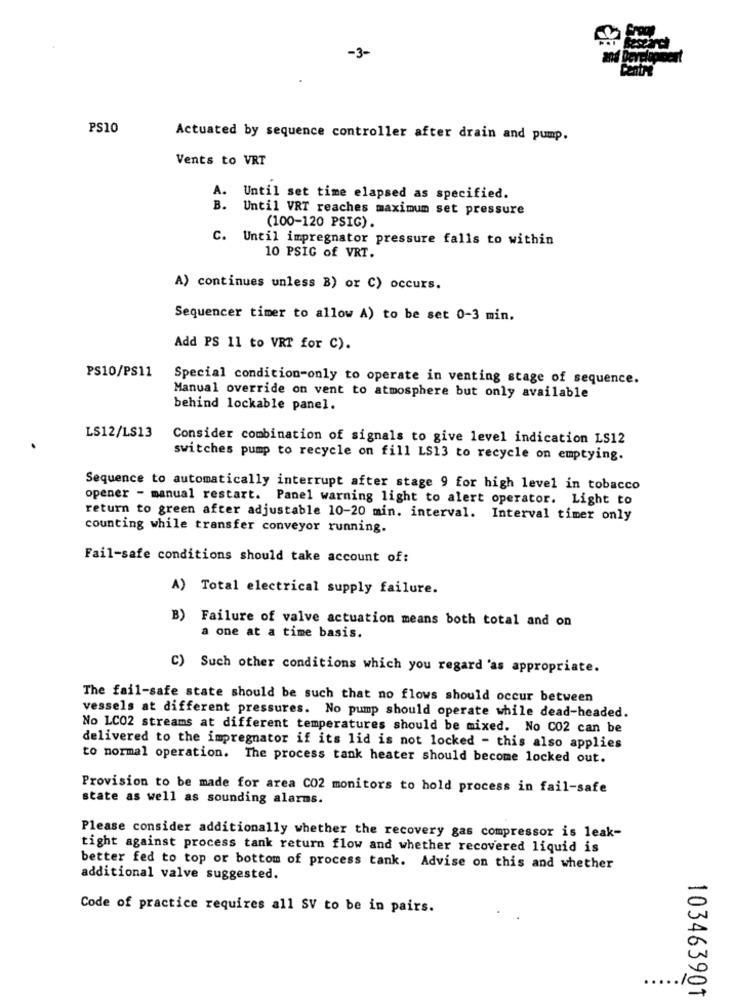
-3-
and Development
PS10
Actuated by sequence controller after drain and pump.
Vents to VRT
A. Until set time elapsed as specified.
B. Until VRT reaches maximum set pressure
(100-120 PSIG).
C. Until impregnator pressure falls to within
10 PSIG of VRT.
A) continues unless B) or C) occurs.
Sequencer timer to allow A) to be set 0-3 min.
Add PS 11 to VRT for C).
PS10/PS11
Special condition-only to operate in venting stage of sequence.
Manual override on vent to atmosphere but only available
behind lockable panel.
LS12/LS13
Consider combination of signals to give level indication LS12
switches pump to recycle on fill LS13 to recycle on emptying.
Sequence to automatically interrupt after stage 9 for high level in tobacco
opener - manual restart. Panel warning light to alert operator. Light to
return to green after adjustable 10-20 min. interval. Interval timer only
counting while transfer conveyor running.
Fail-safe conditions should take account of:
A) Total electrical supply failure.
B) Failure of valve actuation means both total and on
a one at a time basis.
C) Such other conditions which you regard 'as appropriate.
The fail-safe state should be such that no flows should occur between
vessels at different pressures. No pump should operate while dead-headed.
No LC02 streams at different temperatures should be mixed. No CO2 can be
delivered to the impregnator if its lid is not locked - this also applies
to normal operation. The process tank heater should become locked out.
Provision to be made for area CO2 monitors to hold process in fail-safe
state as well as sounding alarms.
Please consider additionally whether the recovery gas compressor is leak-
tight against process tank return flow and whether recovered liquid is
better fed to top or bottom of process tank. Advise on this and whether
additional valve suggested.
Code of practice requires all SV to be in pairs.
..... 10
103463901